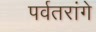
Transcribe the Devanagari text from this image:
पर्वतरांगे